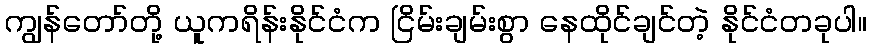
ကျွန်တော်တို့ ယူကရိန်းနိုင်ငံက ငြိမ်းချမ်းစွာ နေထိုင်ချင်တဲ့ နိုင်ငံတခုပါ။